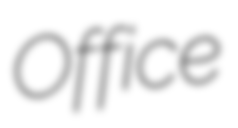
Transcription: Office